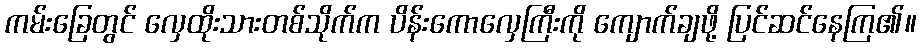
ကမ်းခြေတွင် လှေထိုးသားတစ်သိုက်က ပိန်းကောလှေကြီးကို ကျောက်ချဖို့ ပြင်ဆင်နေကြ၏။